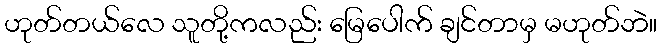
ဟုတ်တယ်လေ သူတို့ကလည်း မြေပေါက် ချင်တာမှ မဟုတ်ဘဲ။